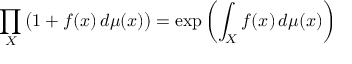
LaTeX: \prod _ { X } { \big ( } 1 + f ( x ) \, d \mu ( x ) { \big ) } = \exp \left( \int _ { X } f ( x ) \, d \mu ( x ) \right)